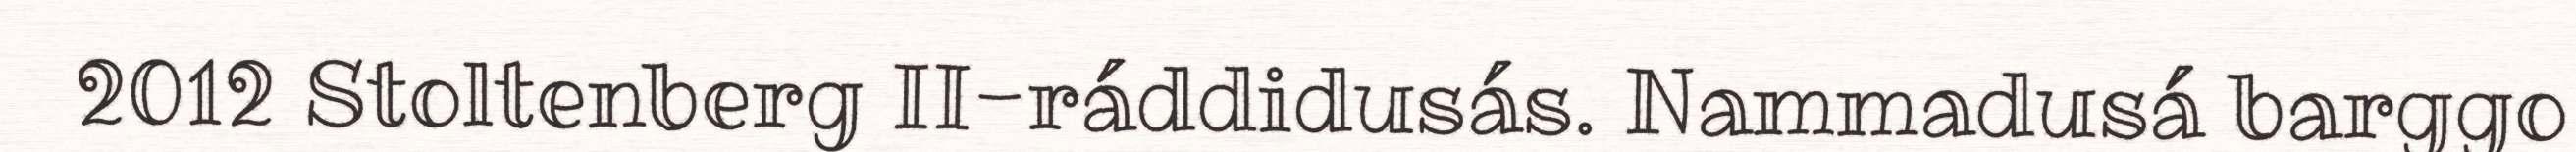
2012 Stoltenberg II-ráddidusás. Nammadusá barggo